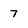
Character: 7